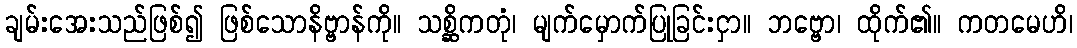
ချမ်းအေးသည်ဖြစ်၍ ဖြစ်သောနိဗ္ဗာန်ကို။ သစ္ဆိကတုံ၊ မျက်မှောက်ပြုခြင်းငှာ။ ဘဗ္ဗော၊ ထိုက်၏။ ကတမေဟိ၊